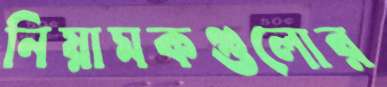
নিয়ামকগুলোর